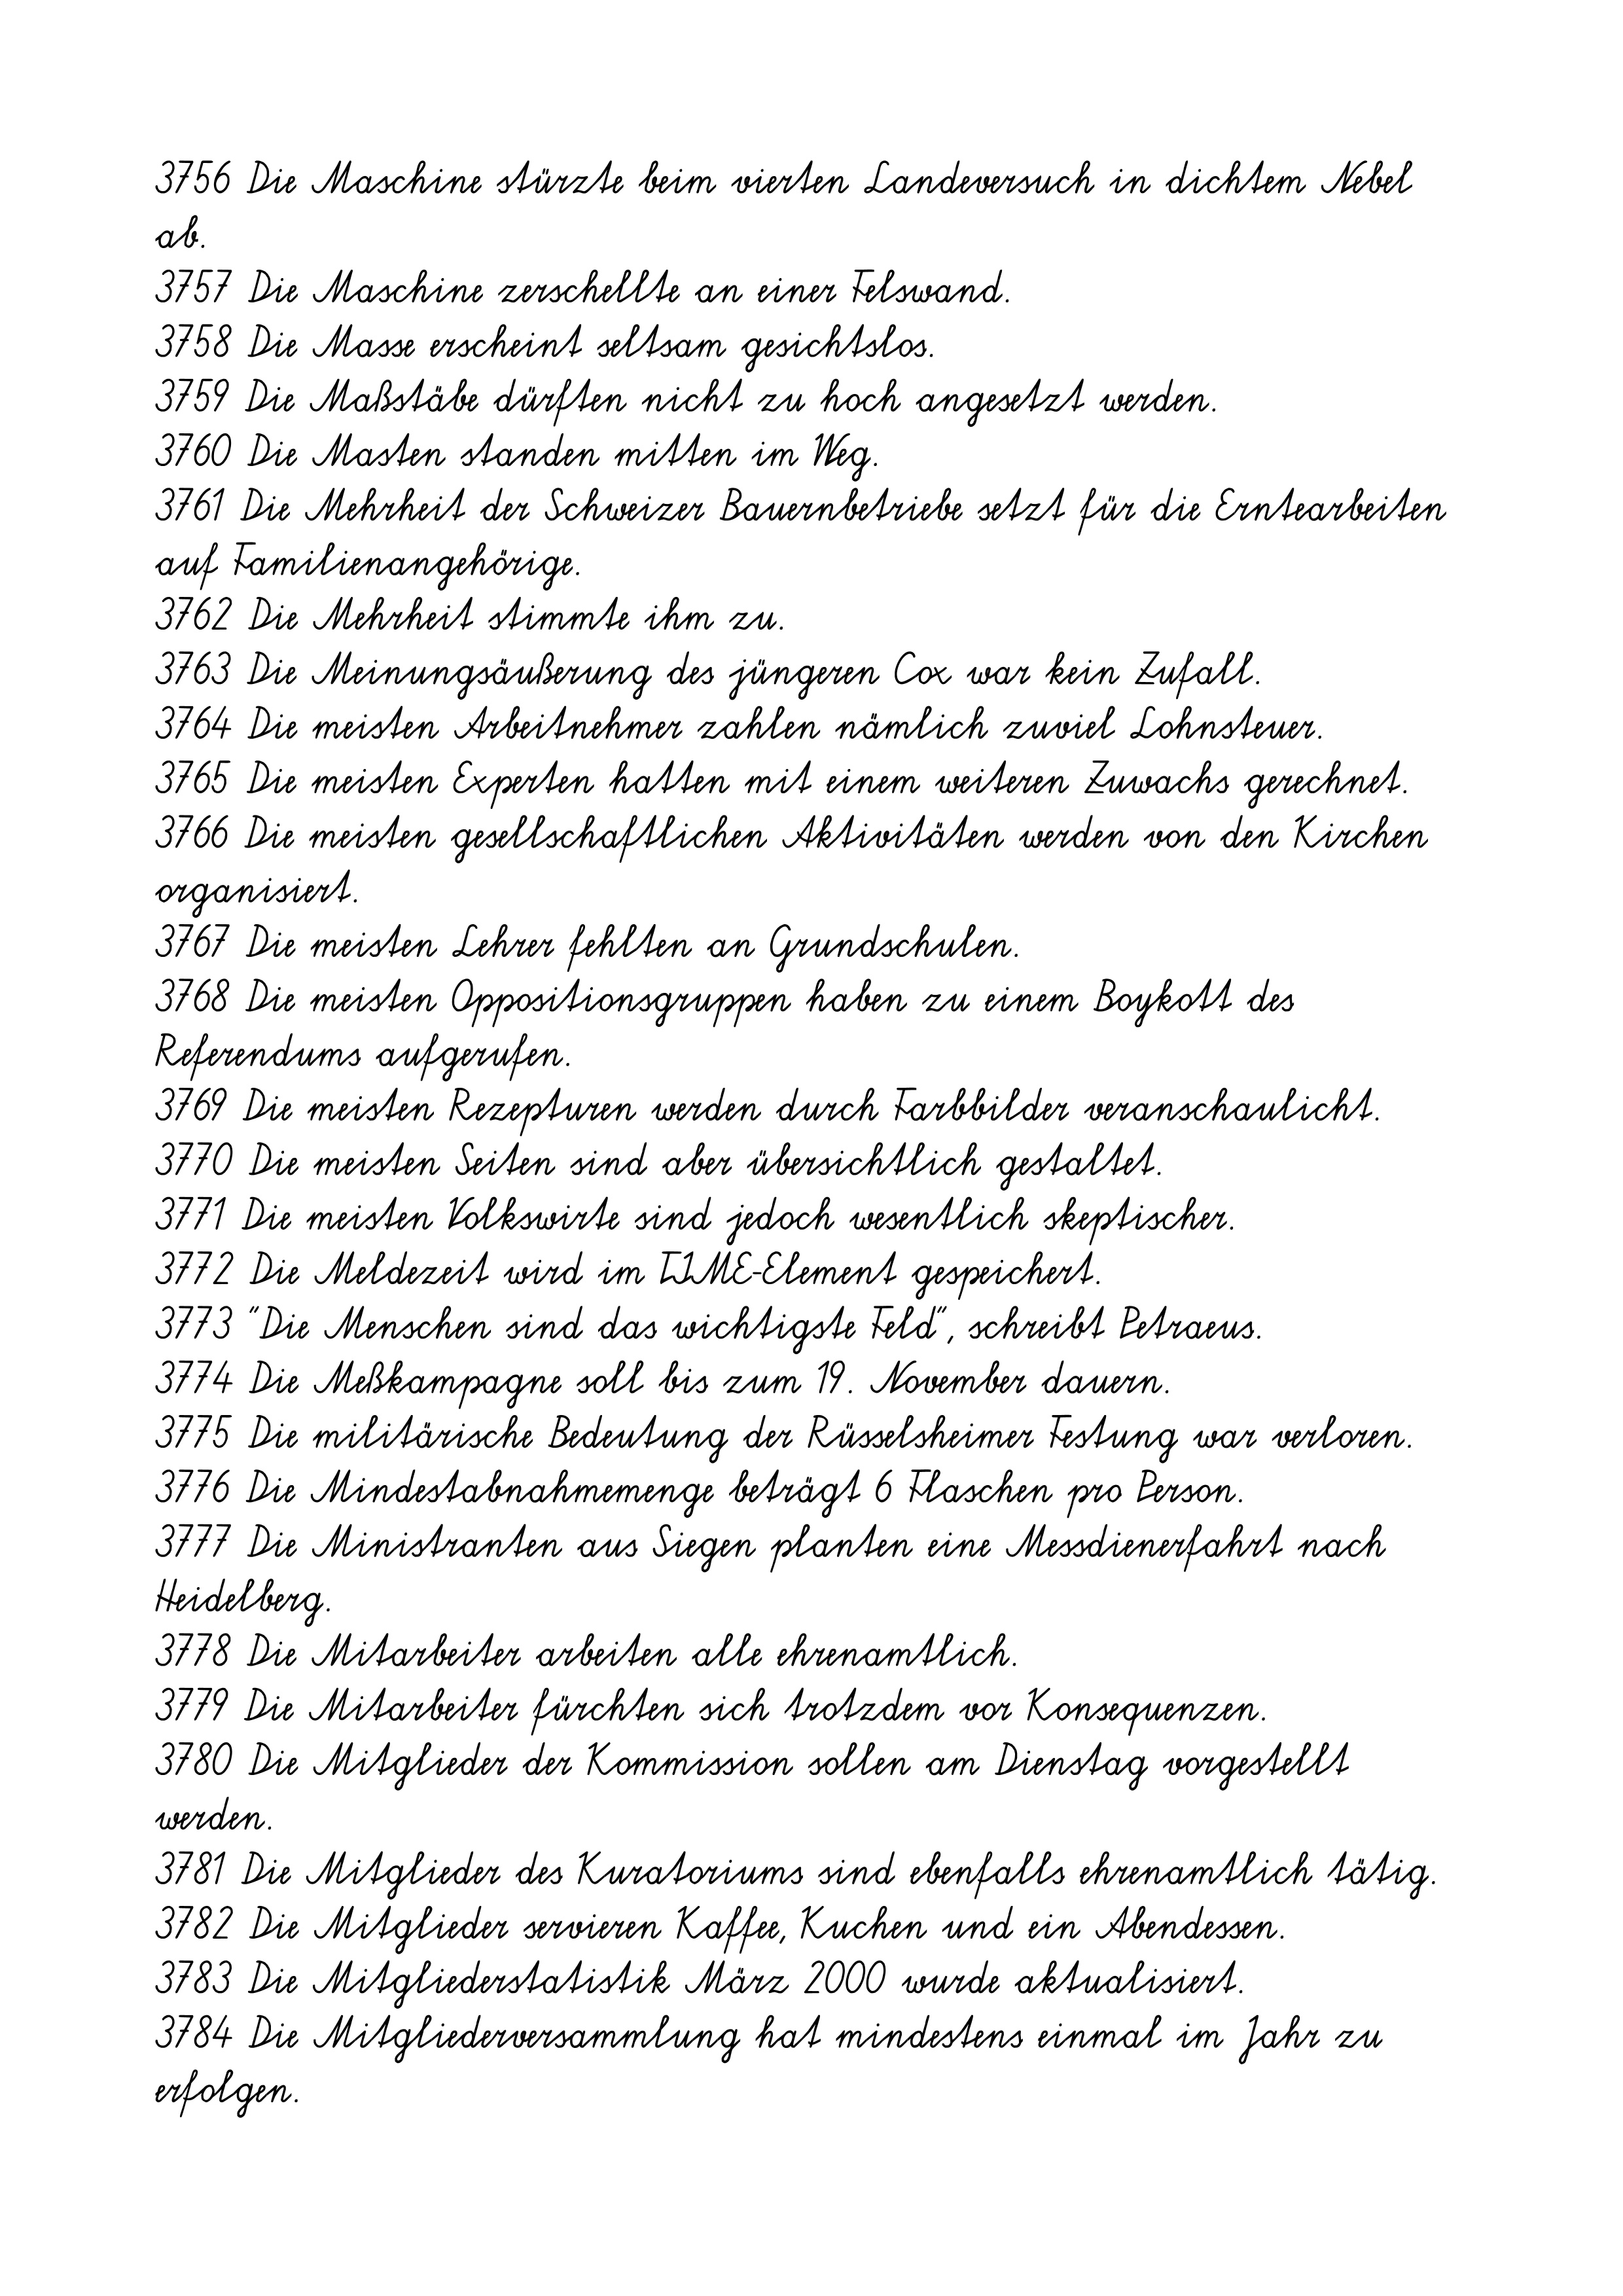
3756 Die Maschine stürzte beim vierten Landeversuch in dichtem Nebel
ab.
3757 Die Maschine zerschellte an einer Felswand.
3758 Die Masse erscheint seltsam gesichtslos.
3759 Die Maßstäbe dürften nicht zu hoch angesetzt werden.
3760 Die Masten standen mitten im Weg.
3761 Die Mehrheit der Schweizer Bauernbetriebe setzt für die Erntearbeiten
auf Familienangehörige.
3762 Die Mehrheit stimmte ihm zu.
3763 Die Meinungsäußerung des jüngeren Cox war kein Zufall.
3764 Die meisten Arbeitnehmer zahlen nämlich zuviel Lohnsteuer.
3765 Die meisten Experten hatten mit einem weiteren Zuwachs gerechnet.
3766 Die meisten gesellschaftlichen Aktivitäten werden von den Kirchen
organisiert.
3767 Die meisten Lehrer fehlten an Grundschulen.
3768 Die meisten Oppositionsgruppen haben zu einem Boykott des
Referendums aufgerufen.
3769 Die meisten Rezepturen werden durch Farbbilder veranschaulicht.
3770 Die meisten Seiten sind aber übersichtlich gestaltet.
3771 Die meisten Volkswirte sind jedoch wesentlich skeptischer.
3772 Die Meldezeit wird im TIME-Element gespeichert.
3773 "Die Menschen sind das wichtigste Feld", schreibt Petraeus.
3774 Die Meßkampagne soll bis zum 19. November dauern.
3775 Die militärische Bedeutung der Rüsselsheimer Festung war verloren.
3776 Die Mindestabnahmemenge beträgt 6 Flaschen pro Person.
3777 Die Ministranten aus Siegen planten eine Messdienerfahrt nach
Heidelberg.
3778 Die Mitarbeiter arbeiten alle ehrenamtlich.
3779 Die Mitarbeiter fürchten sich trotzdem vor Konsequenzen.
3780 Die Mitglieder der Kommission sollen am Dienstag vorgestellt
werden.
3781 Die Mitglieder des Kuratoriums sind ebenfalls ehrenamtlich tätig.
3782 Die Mitglieder servieren Kaffee, Kuchen und ein Abendessen.
3783 Die Mitgliederstatistik März 2000 wurde aktualisiert.
3784 Die Mitgliederversammlung hat mindestens einmal im Jahr zu
erfolgen.